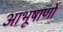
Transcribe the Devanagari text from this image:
आभूषाणों